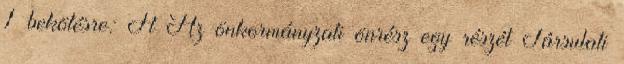
1 bekötésre: Ft Az önkormányzati önrész egy részét Társulati